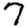
Digit: 7